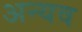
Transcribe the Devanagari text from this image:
अन्यव